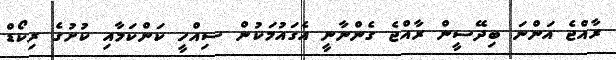
ރާއްޖެ އަންނަ ބިދޭސީން ރާއްޖެ ގެންނާނީ އެގައުމަކުން ސިއްހީ ކަންކަމާއި ކުށުގެ ރިކޯޑް